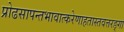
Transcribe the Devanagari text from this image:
प्रोढसापन्तभावात्करेणाहतास्तवत्तरङ्गा